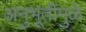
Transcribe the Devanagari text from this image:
अनुभूतींमुळे